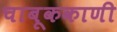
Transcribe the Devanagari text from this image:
चाबूककाणी